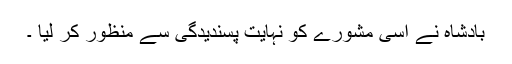
بادشاہ نے اسی مشورے کو نہایت پسندیدگی سے منظور کر لیا ۔